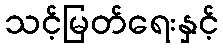
သင့်မြတ်ရေးနှင့်